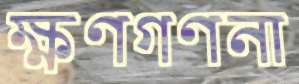
ক্ষণগণনা